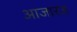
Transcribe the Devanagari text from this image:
आजारज